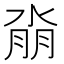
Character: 𰜆